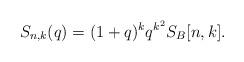
LaTeX: \begin{align*}S_{n,k}(q)=(1+q)^{k} q^{k^2}S_B[n,k].\end{align*}